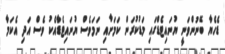
ޑެހެޔާ ބޭނުންވަނީ ޔުނައިޓެޑްގައި މަޑުކުރަން ކަމަށާއި ނަމަވެސް ޔުނައިޓެޑާއެކު ވެސް އަދި އެކަމާ